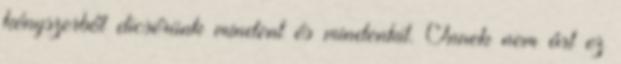
kényszerből dicsérünk mindent és mindenkit. Önnek nem árt ez